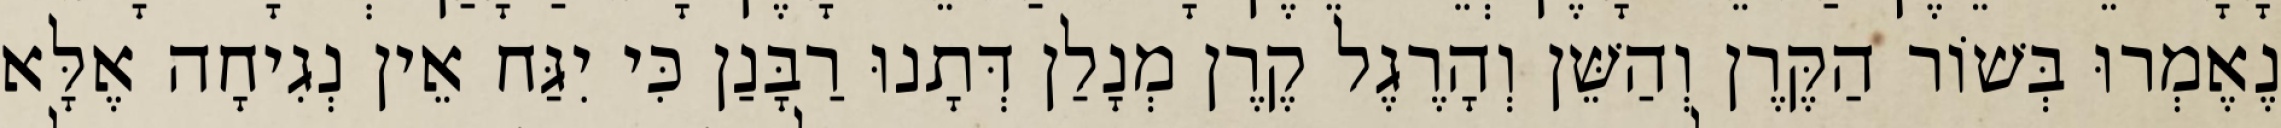
נֶאֶמְרוּ בְּשׁוֹר הַקֶּרֶן וְהַשֵּׁן וְהָרֶגֶל קֶרֶן מְנָלַן דְּתָנוּ רַבָּנַן כִּי יִגַּח אֵין נְגִיחָה אֶלָּא